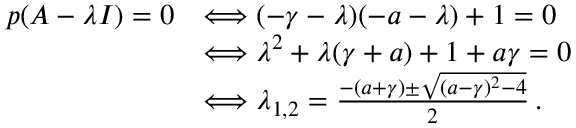
\begin{array} { r l } { p ( A - \lambda I ) = 0 } & { \Longleftrightarrow ( - \gamma - \lambda ) ( - a - \lambda ) + 1 = 0 } \\ & { \Longleftrightarrow \lambda ^ { 2 } + \lambda ( \gamma + a ) + 1 + a \gamma = 0 } \\ & { \Longleftrightarrow \lambda _ { 1 , 2 } = \frac { - ( a + \gamma ) \pm \sqrt { ( a - \gamma ) ^ { 2 } - 4 } } { 2 } \, . } \end{array}